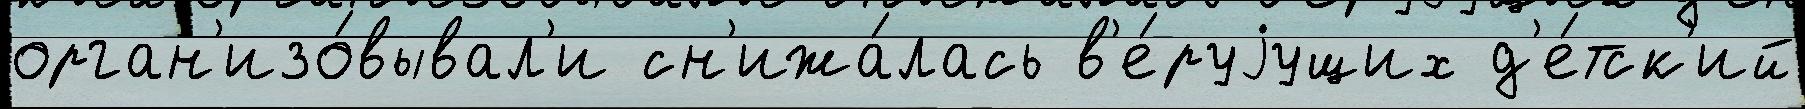
орган'изо́вывал'и сн'ижа́лась в'е́руjущих д'е́тск'ий